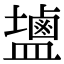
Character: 𪉩